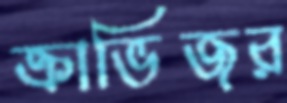
ক্রাভিজর